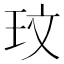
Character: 玟